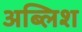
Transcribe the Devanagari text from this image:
अब्लिश